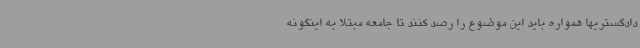
دادگستریها همواره باید این موضوع را رصد کنند تا جامعه مبتلا به اینگونه